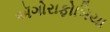
ઍગોરાફોબિયા